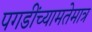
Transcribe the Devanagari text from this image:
पगडींच्यामतेमात्र